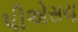
પીએસયૂ